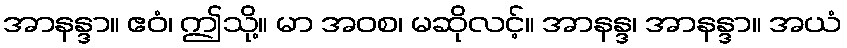
အာနန္ဒာ။ ဧဝံ၊ ဤသို့။ မာ အဝစ၊ မဆိုလင့်။ အာနန္ဒ၊ အာနန္ဒာ။ အယံ